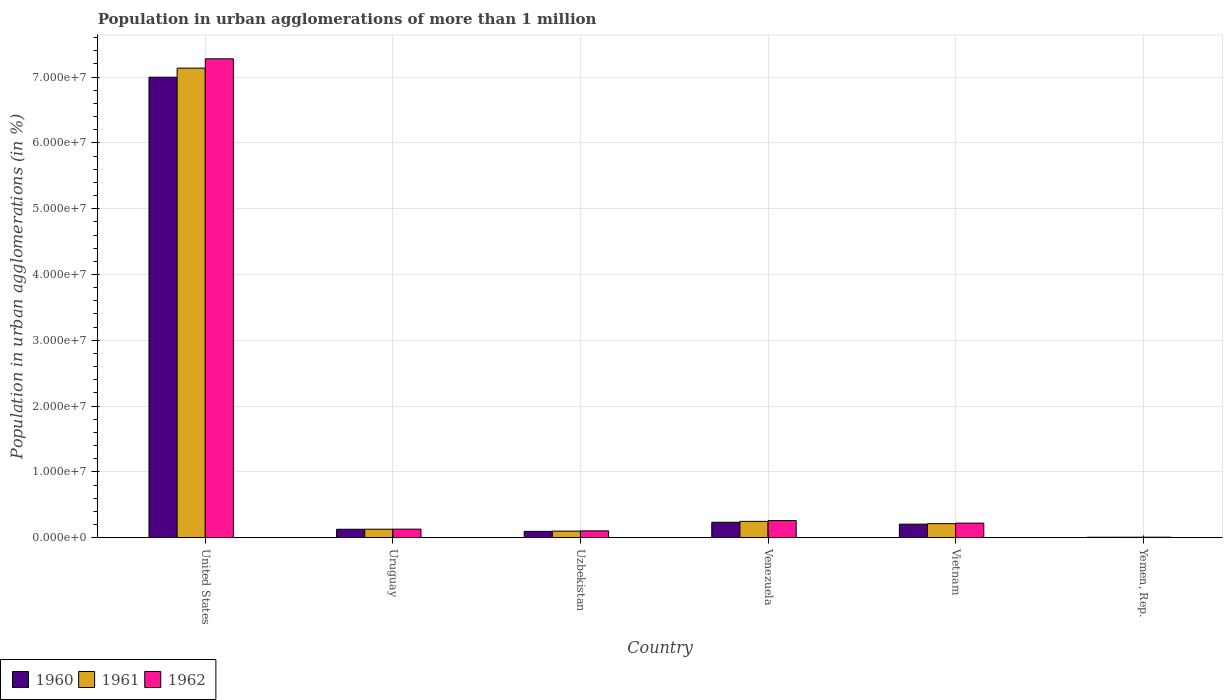
| Country | 1960 | 1961 | 1962 |
 | --- | --- | --- | --- |
 | United States | 7e+07 | 7.14e+07 | 7.28e+07 |
 | Uruguay | 1.28e+06 | 1.29e+06 | 1.3e+06 |
 | Uzbekistan | 9.64e+05 | 1e+06 | 1.04e+06 |
 | Venezuela | 2.35e+06 | 2.48e+06 | 2.6e+06 |
 | Vietnam | 2.06e+06 | 2.14e+06 | 2.21e+06 |
 | Yemen, Rep. | 7.2e+04 | 7.52e+04 | 7.84e+04 |